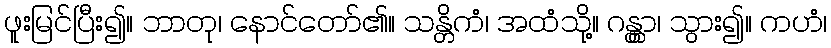
ဖူးမြင်ပြီး၍။ ဘာတု၊ နောင်တော်၏။ သန္တိကံ၊ အထံသို့။ ဂန္တွာ၊ သွား၍။ ကဟံ၊